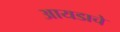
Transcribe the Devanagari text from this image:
आयडाचे